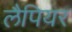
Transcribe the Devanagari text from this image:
लैपियर